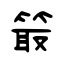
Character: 箃